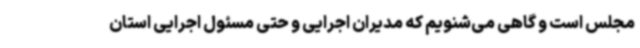
مجلس است و گاهی می‌شنویم که مدیران اجرایی و حتی مسئول اجرایی استان